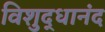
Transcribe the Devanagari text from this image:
विशुद्धानंद